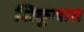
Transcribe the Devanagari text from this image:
शिकूयात